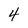
Character: 4